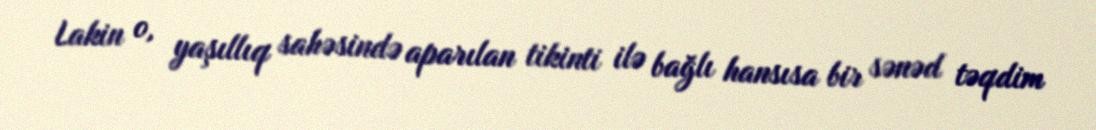
Lakin o, yaşıllıq sahəsində aparılan tikinti ilə bağlı hansısa bir sənəd təqdim